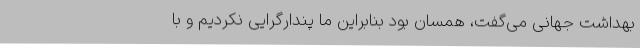
بهداشت جهانی می‌گفت، همسان بود بنابراین ما پندارگرایی نکردیم و با